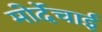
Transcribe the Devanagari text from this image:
मोर्देचाई